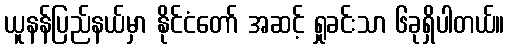
ယူနန်ပြည်နယ်မှာ နိုင်ငံတော် အဆင့် ရှုခင်းသာ ၆ခုရှိပါတယ်။